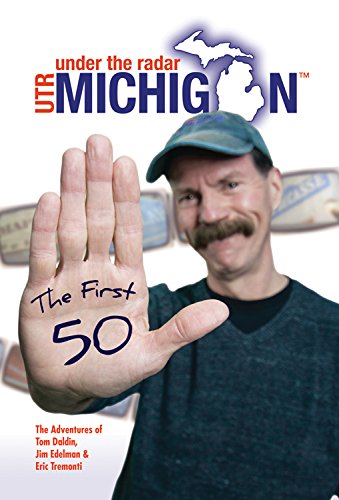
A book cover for Under the Radar Michigan: The First 50; Tom Daldin; Travel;